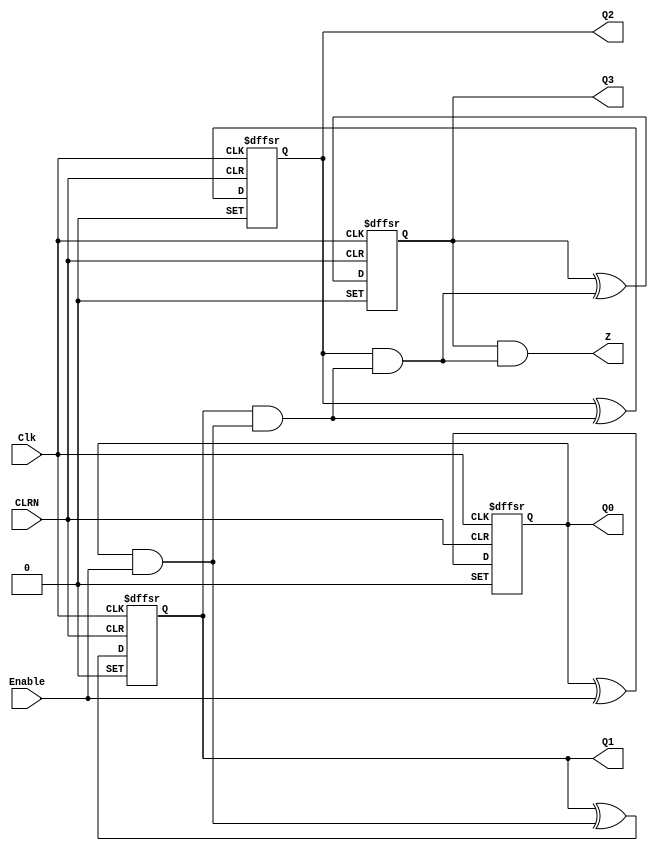
// Copyright (C) 2023  Intel Corporation. All rights reserved.
// Your use of Intel Corporation's design tools, logic functions 
// and other software and tools, and any partner logic 
// functions, and any output files from any of the foregoing 
// (including device programming or simulation files), and any 
// associated documentation or information are expressly subject 
// to the terms and conditions of the Intel Program License 
// Subscription Agreement, the Intel Quartus Prime License Agreement,
// the Intel FPGA IP License Agreement, or other applicable license
// agreement, including, without limitation, that your use is for
// the sole purpose of programming logic devices manufactured by
// Intel and sold by Intel or its authorized distributors.  Please
// refer to the applicable agreement for further details, at
// https://fpgasoftware.intel.com/eula.

// PROGRAM		"Quartus Prime"
// VERSION		"Version 22.1std.1 Build 917 02/14/2023 SC Standard Edition"
// CREATED		"Tue Apr 16 19:20:21 2024"

module lab10step2a(
	Clk,
	Enable,
	CLRN,
	Q0,
	Q1,
	Q2,
	Q3,
	Z
);


input wire	Clk;
input wire	Enable;
input wire	CLRN;
output wire	Q0;
output wire	Q1;
output wire	Q2;
output wire	Q3;
output wire	Z;

wire	SYNTHESIZED_WIRE_0;
wire	SYNTHESIZED_WIRE_1;
reg	SYNTHESIZED_WIRE_10;
wire	SYNTHESIZED_WIRE_11;
reg	SYNTHESIZED_WIRE_12;
wire	SYNTHESIZED_WIRE_13;
reg	SYNTHESIZED_WIRE_14;
wire	SYNTHESIZED_WIRE_15;
wire	SYNTHESIZED_WIRE_5;
wire	SYNTHESIZED_WIRE_6;
reg	SYNTHESIZED_WIRE_16;

assign	Q0 = SYNTHESIZED_WIRE_16;
assign	Q1 = SYNTHESIZED_WIRE_10;
assign	Q2 = SYNTHESIZED_WIRE_12;
assign	Q3 = SYNTHESIZED_WIRE_14;




always@(posedge Clk or negedge CLRN or negedge CLRN)
begin
if (!CLRN)
	begin
	SYNTHESIZED_WIRE_16 <= 0;
	end
else
if (!CLRN)
	begin
	SYNTHESIZED_WIRE_16 <= 1;
	end
else
	begin
	SYNTHESIZED_WIRE_16 <= SYNTHESIZED_WIRE_0;
	end
end


always@(posedge Clk or negedge CLRN or negedge CLRN)
begin
if (!CLRN)
	begin
	SYNTHESIZED_WIRE_10 <= 0;
	end
else
if (!CLRN)
	begin
	SYNTHESIZED_WIRE_10 <= 1;
	end
else
	begin
	SYNTHESIZED_WIRE_10 <= SYNTHESIZED_WIRE_1;
	end
end

assign	SYNTHESIZED_WIRE_13 = SYNTHESIZED_WIRE_10 & SYNTHESIZED_WIRE_11;

assign	SYNTHESIZED_WIRE_15 = SYNTHESIZED_WIRE_12 & SYNTHESIZED_WIRE_13;

assign	Z = SYNTHESIZED_WIRE_14 & SYNTHESIZED_WIRE_15;


always@(posedge Clk or negedge CLRN or negedge CLRN)
begin
if (!CLRN)
	begin
	SYNTHESIZED_WIRE_12 <= 0;
	end
else
if (!CLRN)
	begin
	SYNTHESIZED_WIRE_12 <= 1;
	end
else
	begin
	SYNTHESIZED_WIRE_12 <= SYNTHESIZED_WIRE_5;
	end
end


always@(posedge Clk or negedge CLRN or negedge CLRN)
begin
if (!CLRN)
	begin
	SYNTHESIZED_WIRE_14 <= 0;
	end
else
if (!CLRN)
	begin
	SYNTHESIZED_WIRE_14 <= 1;
	end
else
	begin
	SYNTHESIZED_WIRE_14 <= SYNTHESIZED_WIRE_6;
	end
end

assign	SYNTHESIZED_WIRE_0 = SYNTHESIZED_WIRE_16 ^ Enable;

assign	SYNTHESIZED_WIRE_1 = SYNTHESIZED_WIRE_10 ^ SYNTHESIZED_WIRE_11;

assign	SYNTHESIZED_WIRE_5 = SYNTHESIZED_WIRE_12 ^ SYNTHESIZED_WIRE_13;

assign	SYNTHESIZED_WIRE_6 = SYNTHESIZED_WIRE_14 ^ SYNTHESIZED_WIRE_15;

assign	SYNTHESIZED_WIRE_11 = SYNTHESIZED_WIRE_16 & Enable;


endmodule